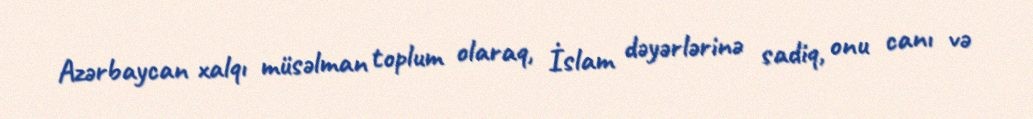
Azərbaycan xalqı müsəlman toplum olaraq, İslam dəyərlərinə sadiq, onu canı və